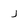
Character: j